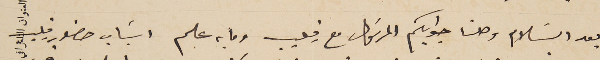
بعد السَلام وصلنا جوابكم المرسَول مع فيليب وما به علم اسَباب حضور فيليب